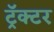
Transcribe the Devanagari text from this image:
ट्रॅक्‍टर